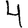
Digit: 4